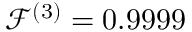
\mathcal { F } ^ { ( 3 ) } = 0 . 9 9 9 9